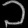
Digit: ၁